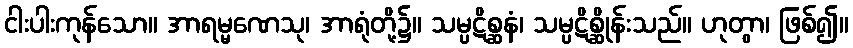
ငါးပါးကုန်သော။ အာရမ္မဏေသု၊ အာရုံတို့၌။ သမ္ပဋိစ္ဆနံ၊ သမ္ပဋိစ္ဆိုန်းသည်။ ဟုတွာ၊ ဖြစ်၍။